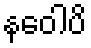
နဝေါပိ